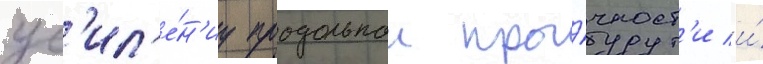
ус'ил'е́н'иу продольнои про́чност'и и́